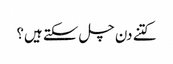
کتنے دن چل سکتے ہیں؟